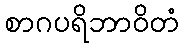
စာဂပရိဘာဝိတံ